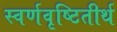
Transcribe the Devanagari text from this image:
स्वर्णवृष्टितीर्थ